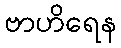
ဗာဟိရေန